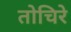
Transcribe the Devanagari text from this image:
तोचिरे